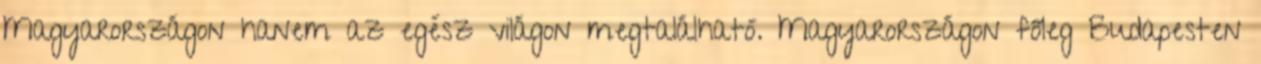
Magyarországon hanem az egész világon megtalálható. Magyarországon főleg Budapesten